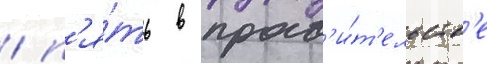
/ п'я́ть в прав'и́т'ельств'е